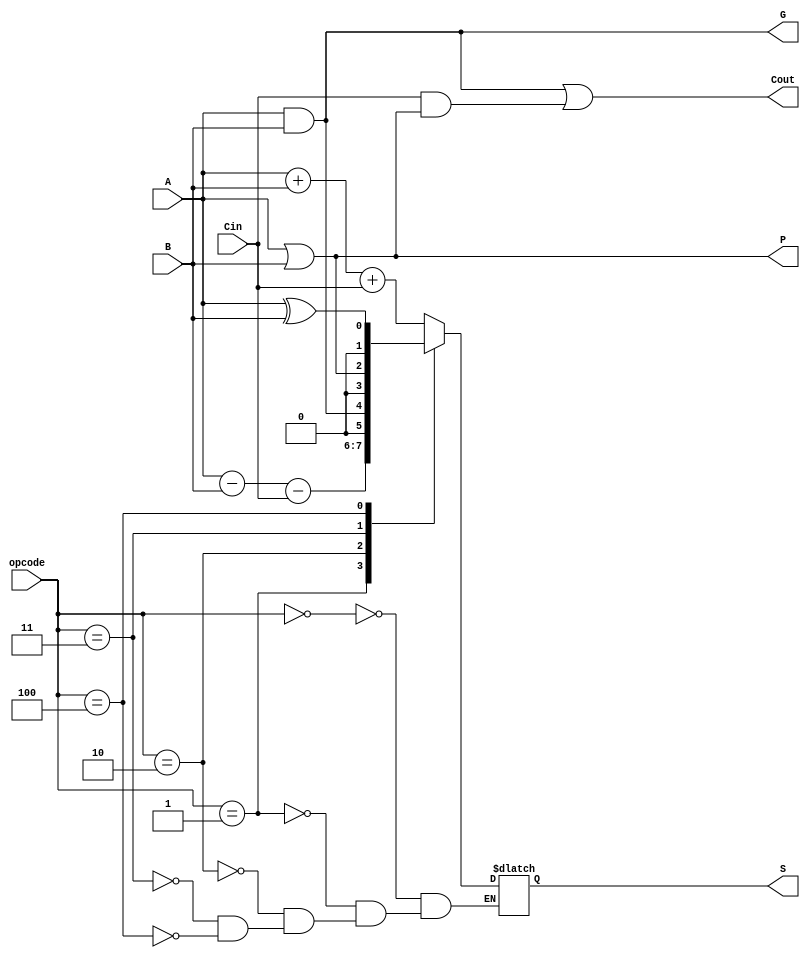
module ALU_1bit (
    input wire A,
    input wire B,
    input wire Cin,
    input wire[2:0] opcode,
    output wire Cout,
    output wire P,
    output wire G,
    output wire[1:0] S
);

assign P = A | B;
assign G = A & B;
assign Cout = (A & B) | (Cin & (A | B));

always @(*)
begin
    case(opcode)
        3'b000: S = A + B + Cin; // Addition
        3'b001: S = A - B - Cin; // Subtraction
        3'b010: S = A & B; // AND
        3'b011: S = A | B; // OR
        3'b100: S = A ^ B; // XOR
    endcase
end

endmodule